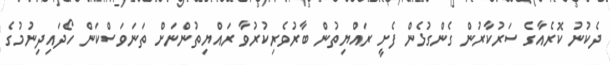
ދެކުނު ކޮރެއާގެ ސަރުކާރުން ގެންގުޅެން ފެށީ ރައްޔިތުން ބާރުވެރިކުރުވާ ރައްޔިތުންނަށް ތަނަވަސްކަން ހޯދައިދިނުމުގެ